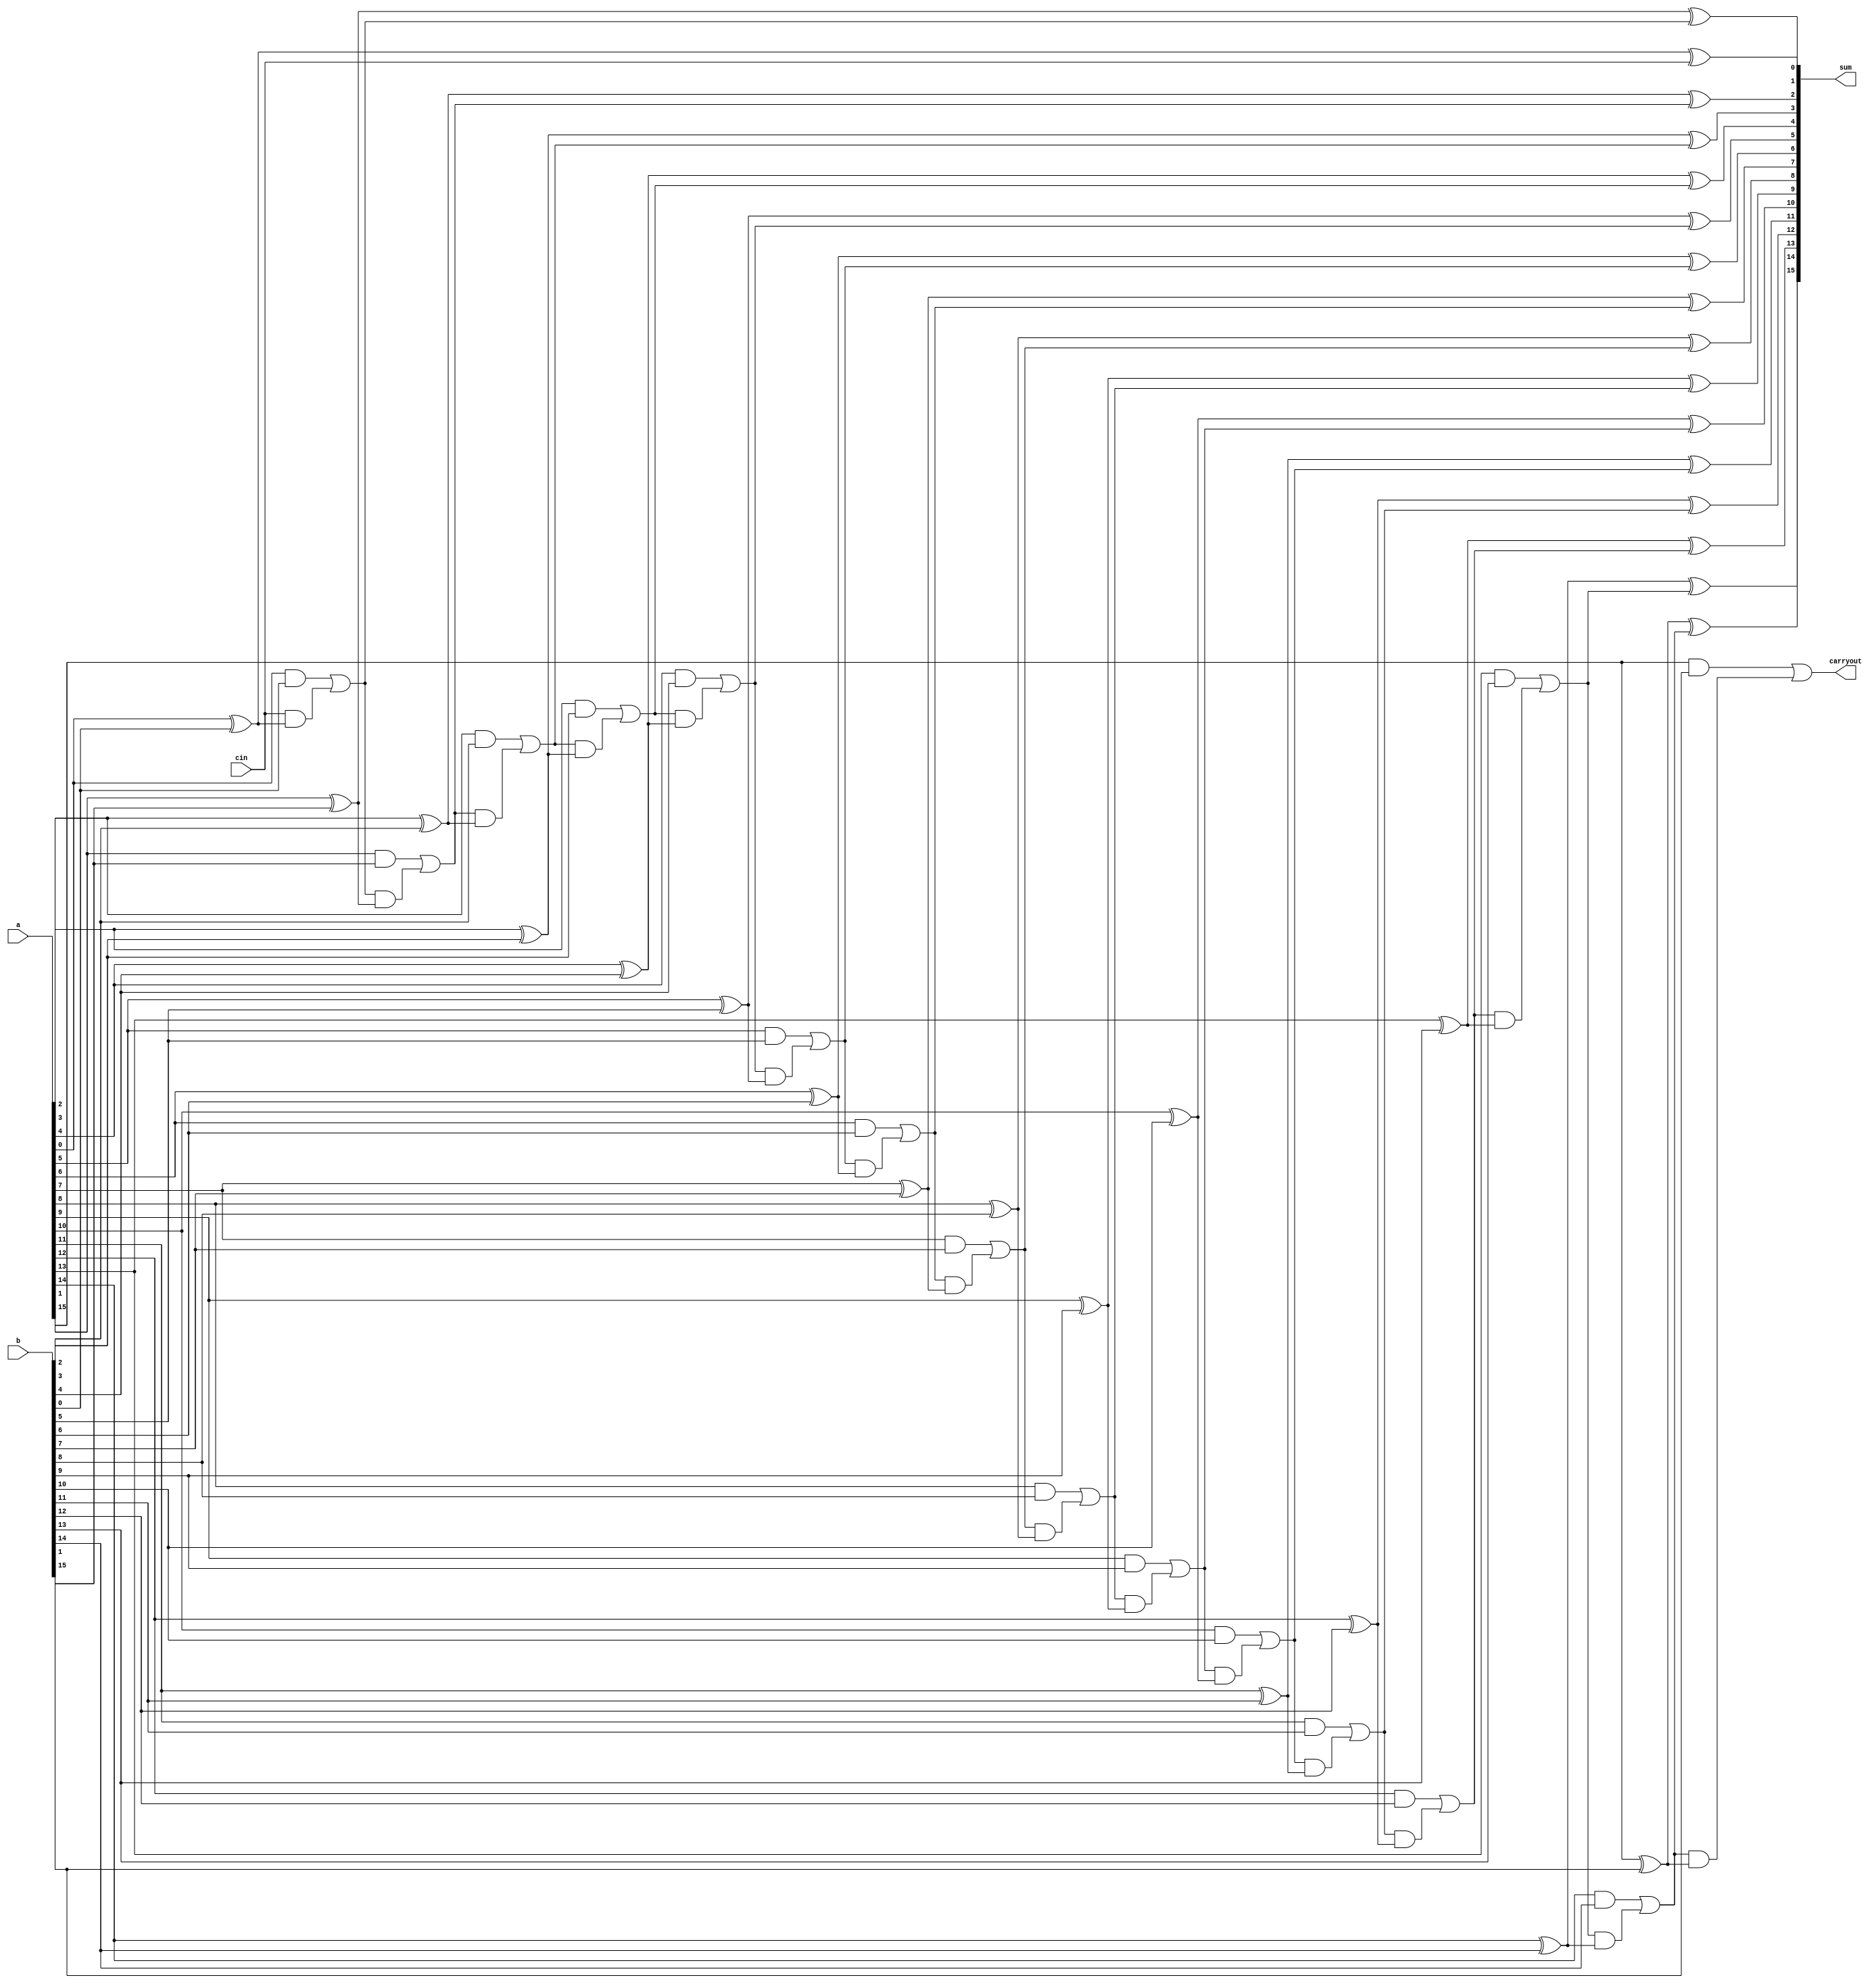
`timescale 1ns / 1ps
module signed_digit_adder (
    input [15:0]a,
    input [15:0]b,
    input cin,
    output [15:0]sum,
    output carryout
);
    wire [16:0] carry;
    assign carry[0] = cin;
    assign carryout = carry[16];
    
    genvar i;
    generate
        for (i = 0; i < 16; i = i + 1) begin: adder_loop
            assign sum[i] = a[i] ^ b[i] ^ carry[i];
            assign carry[i+1] = (a[i] & b[i]) | (carry[i] & (a[i] ^ b[i]));
        end
    endgenerate
endmodule